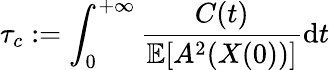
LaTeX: \tau_{c}:=\int_{0}^{+\infty}\frac{{C}(t)}{\mathbb{E}[A^{2}(X(0))]}\mathrm{d}t